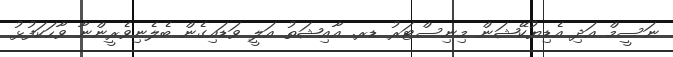
ނަސީމް އަދި އެޑިޔުކޭޝަން މިނިސްޓަރު ޑރ. އާއިޝަތު އަލީ ވަޑައިގެން ބެލެނިވެރީންނާ ވާހަކަފުޅު